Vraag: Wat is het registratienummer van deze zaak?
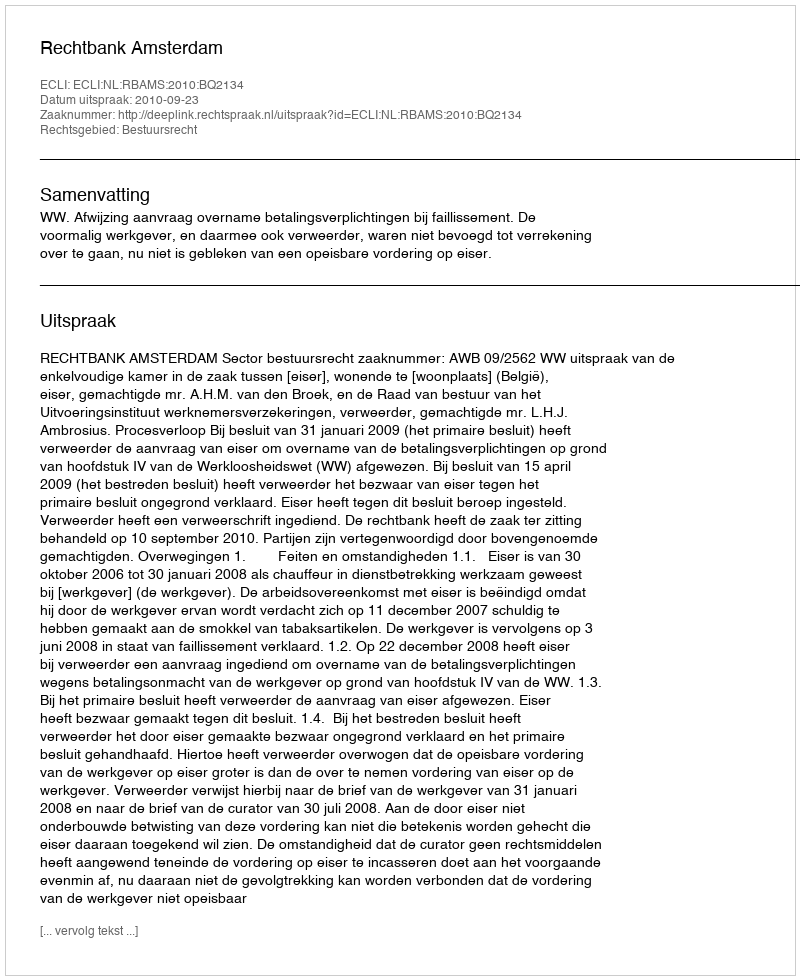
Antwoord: http://deeplink.rechtspraak.nl/uitspraak?id=ECLI:NL:RBAMS:2010:BQ2134